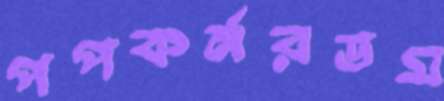
পপকর্নরডম